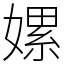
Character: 嫘